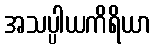
အသပ္ပါယကိရိယာ